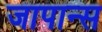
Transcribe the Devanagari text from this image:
जापान्स